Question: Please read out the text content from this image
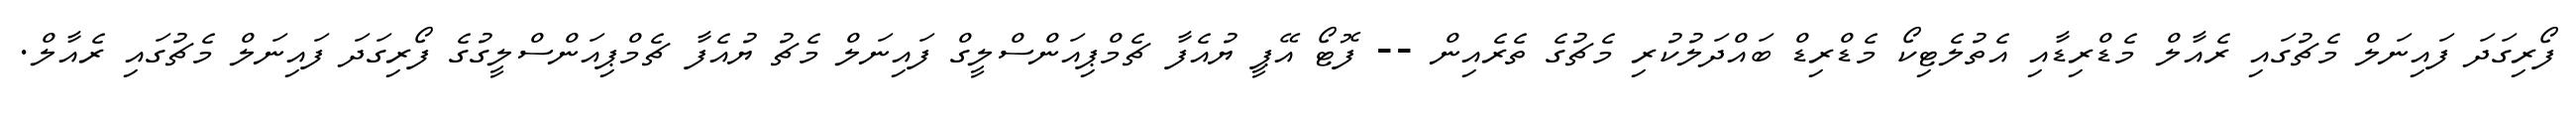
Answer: ފޯރިގަދަ ފައިނަލް މެޗުގައި ރެއާލް މެޑްރިޑާއި އެތުލެޓިކޯ މެޑްރިޑް ބައްދަލުކުރި މެޗުގެ ތެރެއިން -- ފޮޓޯ އޭޕީ ޔުއެފާ ޗެމްޕިއަންސްލީގް ފައިނަލް މެޗު ޔުއެފާ ޗެމްޕިއަންސްލީގުގެ ފޯރިގަދަ ފައިނަލް މެޗުގައި ރެއާލް.